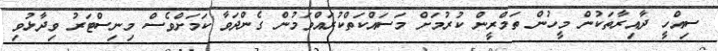
ސިއްހީ ދާއިރާތަކުން މީހުން ތަމްރީން ކުރުމަށް މަސައްކަތްކުރައްވަމުން ގެންދަވާ ކަމަށްވެސް މިނިސްޓަރު ވިދާޅުވި